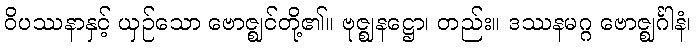
ဝိပဿနာနှင့် ယှဉ်သော ဗောဇ္ဈင်တို့၏။ ဗုဇ္ဈနဋ္ဌော၊ တည်း။ ဒဿနမဂ္ဂ ဗောဇ္ဈင်္ဂါနံ၊